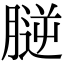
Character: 𦞮